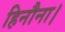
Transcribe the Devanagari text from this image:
हिनौना।